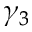
\gamma _ { 3 }